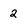
Character: 2